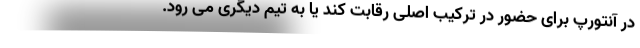
در آنتورپ برای حضور در ترکیب اصلی رقابت کند یا به تیم دیگری می رود.